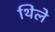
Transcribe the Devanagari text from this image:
थिले